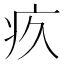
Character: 疚